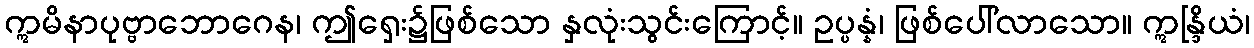
ဣမိနာပုဗ္ဗာဘောဂေန၊ ဤရှေး၌ဖြစ်သော နှလုံးသွင်းကြောင့်။ ဥပ္ပန္နံ၊ ဖြစ်ပေါ်လာသော။ ဣန္ဒြိယံ၊